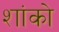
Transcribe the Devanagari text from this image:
शांको